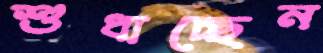
শুধাচ্ছেন